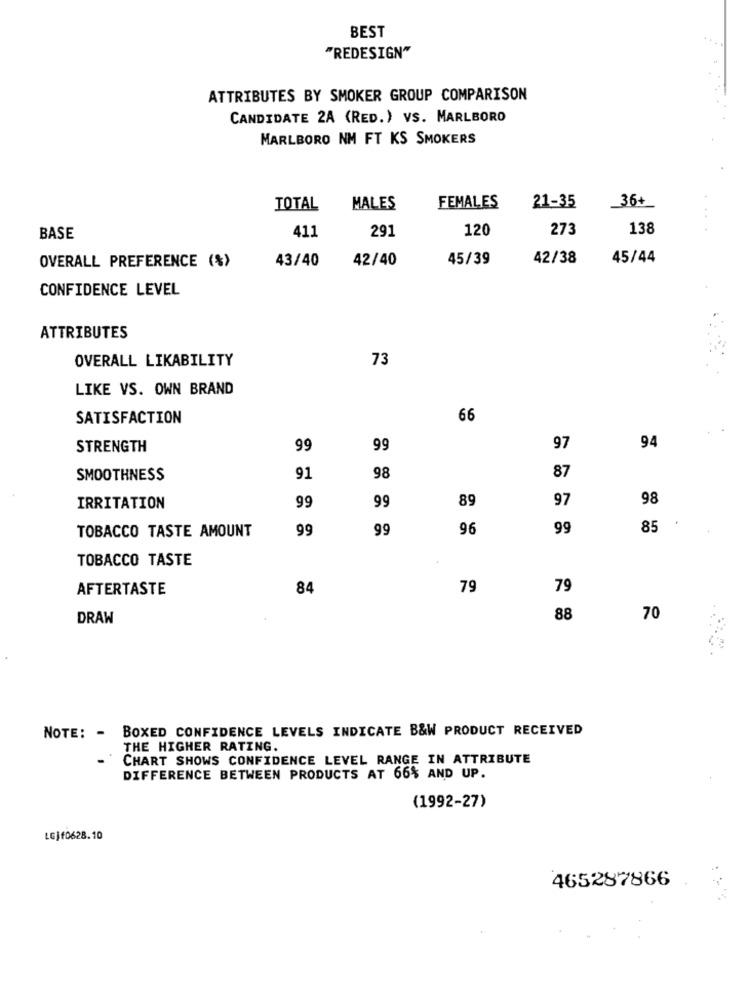
BEST
"REDESIGN"
ATTRIBUTES BY SMOKER GROUP COMPARISON
CANDIDATE 2A (RED.) VS. MARLBORO
MARLBORO NM FT KS SMOKERS
36+
TOTAL
MALES
FEMALES
21-35
291
120
273
138
BASE
411
OVERALL PREFERENCE (%)
43/40
42/40
45/39
42/38
45/44
CONFIDENCE LEVEL
ATTRIBUTES
OVERALL LIKABILITY
73
LIKE VS. OWN BRAND
SATISFACTION
66
STRENGTH
99
99
97
94
SMOOTHNESS
91
98
87
99
97
98
IRRITATION
99
89
TOBACCO TASTE AMOUNT
99
99
96
99
85
TOBACCO TASTE
AFTERTASTE
84
79
79
DRAW
88
70
NOTE: - BOXED CONFIDENCE LEVELS INDICATE B&W PRODUCT RECEIVED
THE HIGHER RATING.
CHART SHOWS CONFIDENCE LEVEL RANGE IN ATTRIBUTE
DIFFERENCE BETWEEN PRODUCTS AT 66% AND UP.
(1992-27)
LGJf0628.10
465287866